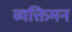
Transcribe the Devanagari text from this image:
व्यक्तिमन